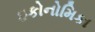
ઇકોનોમિકા